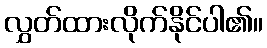
လွှတ်ထားလိုက်နိုင်ပါ၏။